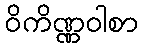
ဝိကိဏ္ဏဝါစာ